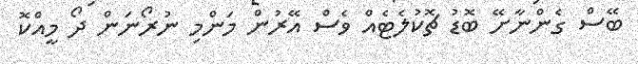
ބޭސް ގެންނާށޭ ބޮޑު ޗޮކުލެޓެއް ވެސް އޭރުން މަންމި ނުރޯނަން ދޯ މީއްކޮ